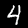
Label: 4